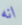
انه